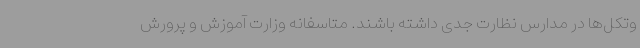
وتکل‌ها در مدارس نظارت جدی داشته باشند. متاسفانه وزارت آموزش و پرورش